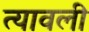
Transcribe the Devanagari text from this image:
त्यावली